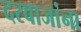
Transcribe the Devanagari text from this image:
दरवाजांना